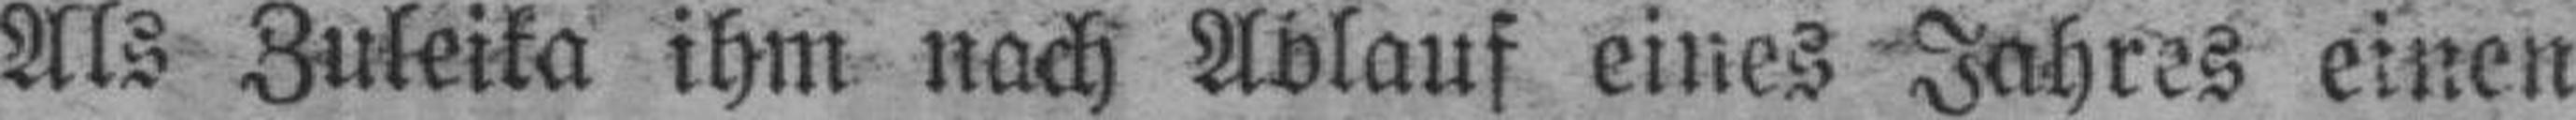
Als Zuleika ihm nach Ablauf eines Jahres einen